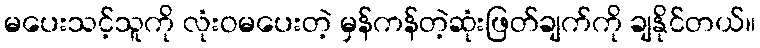
မပေးသင့်သူကို လုံးဝမပေးတဲ့ မှန်ကန်တဲ့ဆုံးဖြတ်ချက်ကို ချနိုင်တယ်။